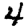
Digit: 4